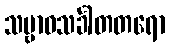
သမ္ဗာဓသင်္ခါတတရော